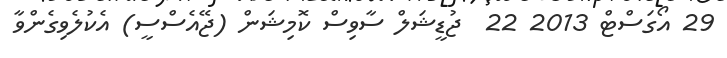
29 އޯގަސްޓް 2013 22  ޖުޑީޝަލް ސާވިސް ކޮމިޝަން (ޖޭއެސްސީ) އެކުލެވިގެންވާ